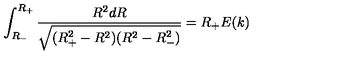
\int _ { R _ { - } } ^ { R _ { + } } \frac { R ^ { 2 } d R } { \sqrt { ( R _ { + } ^ { 2 } - R ^ { 2 } ) ( R ^ { 2 } - R _ { - } ^ { 2 } ) } } = R _ { + } E ( k )